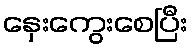
နှေးကွေးစေပြီး